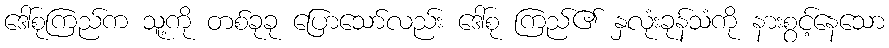
ဒေါ်စုကြည်က သူ့ကို တစ်ခုခု ပြောသော်လည်း ဒေါ်စု ကြည်၏ နှလုံးခုန်သံကို နားစွင့်နေသော